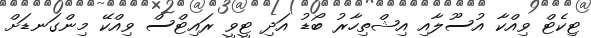
ޓިކެޓް ވިއްކާ އުސޫލާއި އިޝްތިހާރު ބޯޑު އަދި ޓީވީ ރައިޓްސް ވިއްކޭ މިންގަނޑަށް